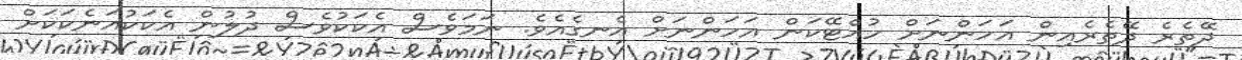
ދޭތެރެ ދޭތެރެއިން އަހަންނަށް ހުއްޓޭކަން އަހަންނަށް އެނގެއެވެ. ނަމަވެސް އެކަކުވެސް ދުލުން އެކަކުއަނެކަކަށް